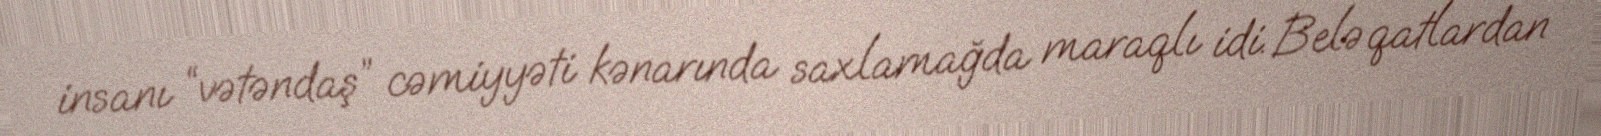
insanı “vətəndaş” cəmiyyəti kənarında saxlamağda maraqlı idi. Belə qatlardan